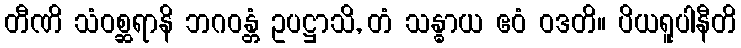
တီဏိ သံဝစ္ဆရာနိ ဘဂဝန္တံ ဥပဋ္ဌာသိ, တံ သန္ဓာယ ဧဝံ ဝဒတိ။ ပိယရူပါနီတိ